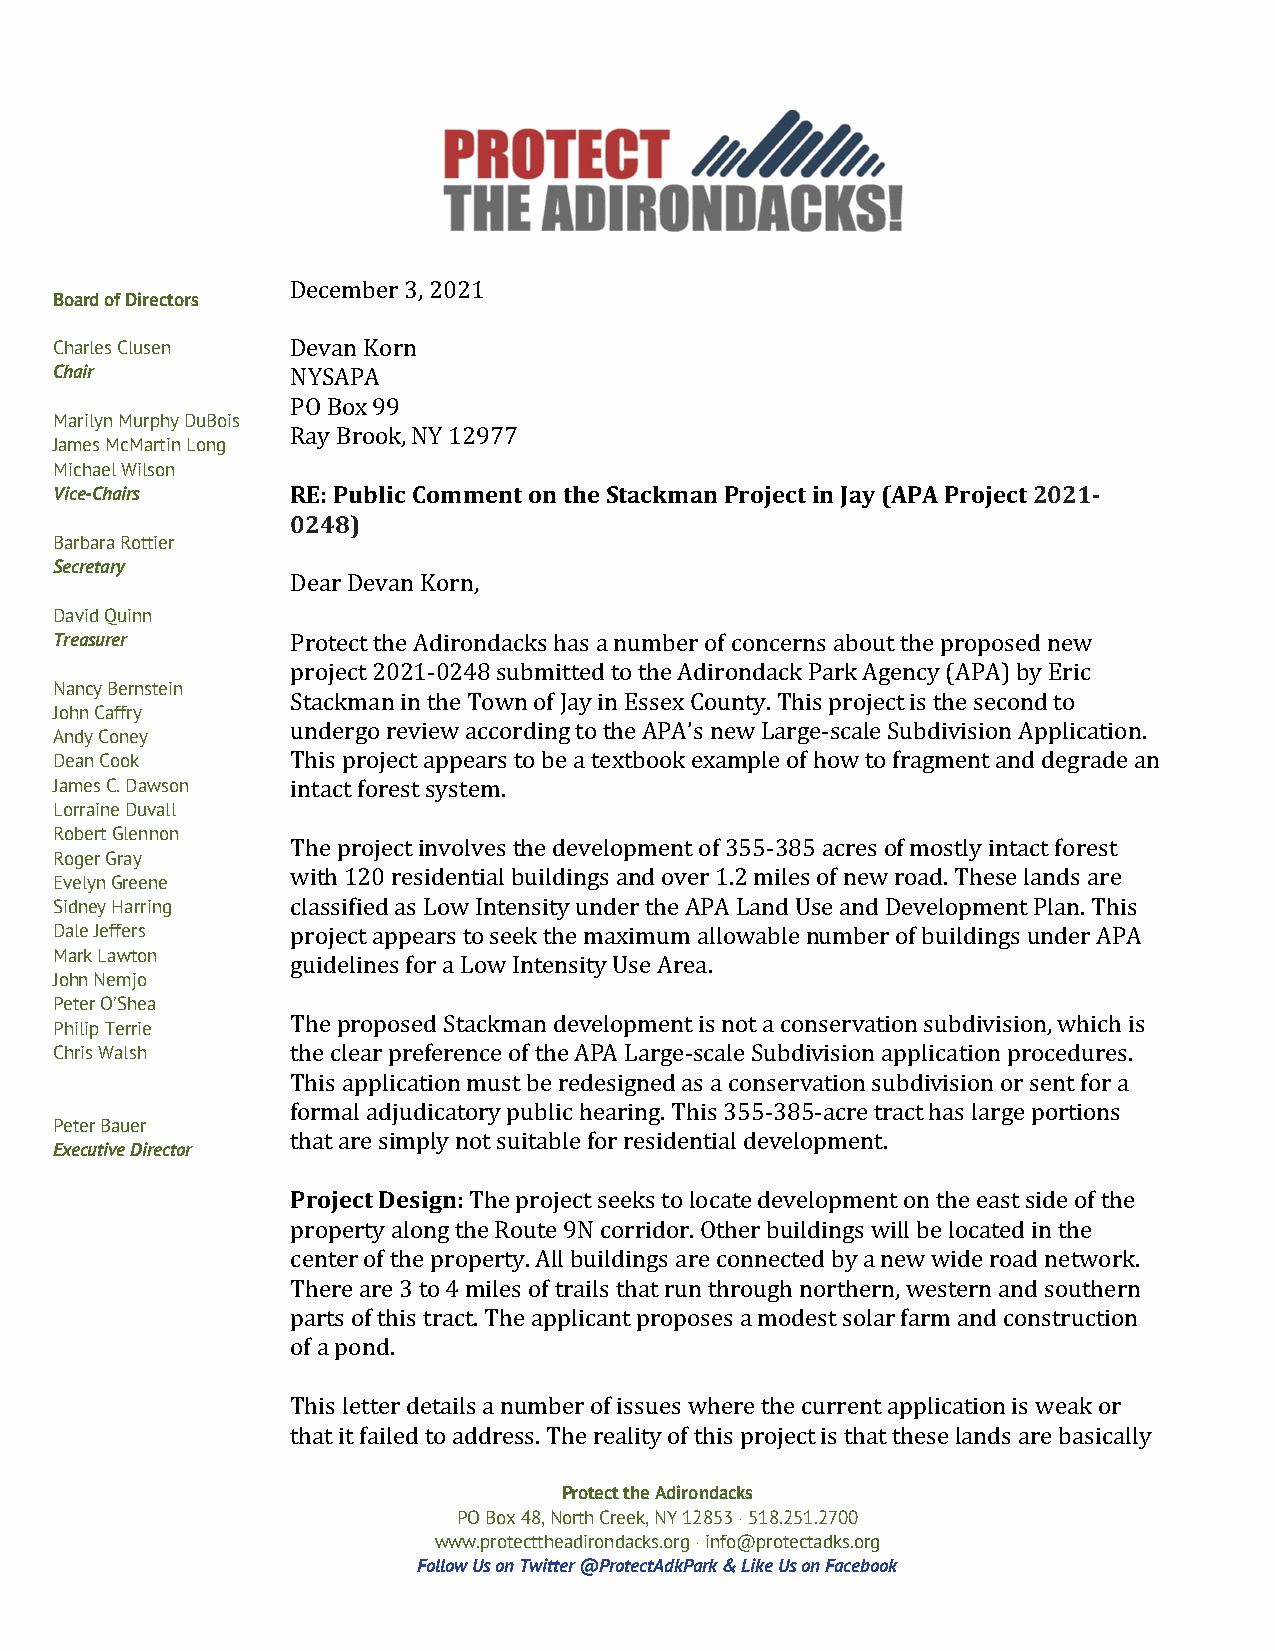
December 3, 2021
 Board of Directors
 Charles Clusen Devan Korn
 Chair          NYSAPA
 PO Box 99
 Marilyn Murphy DuBois
 Ray Brook, NY 12977
 James McMartin Long
 Michael Wilson
 Vice-Chairs    RE: Public Comment on the Stackman Project in Jay (APA Project 2021-
 0248)
 Barbara Rottier
 Secretary
 Dear Devan Korn,
 David Quinn
 Treasurer      Protect the Adirondacks has a number of concerns about the proposed new
 project 2021-0248 submitted to the Adirondack Park Agency (APA) by Eric
 Nancy Bernstein
 Stackman in the Town of Jay in Essex County. This project is the second to
 John Caffry
 undergo review according to the APA’s new Large-scale Subdivision Application.
 Andy Coney
 Dean Cook      This project appears to be a textbook example of how to fragment and degrade an
 James C. Dawson intact forest system.
 Lorraine Duvall
 Robert Glennon
 The project involves the development of 355-385 acres of mostly intact forest
 Roger Gray
 with 120 residential buildings and over 1.2 miles of new road. These lands are
 Evelyn Greene
 Sidney Harring classified as Low Intensity under the APA Land Use and Development Plan. This
 Dale Jeffers   project appears to seek the maximum allowable number of buildings under APA
 Mark Lawton    guidelines for a Low Intensity Use Area.
 John Nemjo
 Peter O’Shea
 The proposed Stackman development is not a conservation subdivision, which is
 Philip Terrie
 Chris Walsh    the clear preference of the APA Large-scale Subdivision application procedures.
 This application must be redesigned as a conservation subdivision or sent for a
 formal adjudicatory public hearing. This 355-385-acre tract has large portions
 Peter Bauer
 that are simply not suitable for residential development.
 Executive Director
 Project Design: The project seeks to locate development on the east side of the
 property along the Route 9N corridor. Other buildings will be located in the
 center of the property. All buildings are connected by a new wide road network.
 There are 3 to 4 miles of trails that run through northern, western and southern
 parts of this tract. The applicant proposes a modest solar farm and construction
 of a pond.
 This letter details a number of issues where the current application is weak or
 that it failed to address. The reality of this project is that these lands are basically
 Protect the Adirondacks
 PO Box 48, North Creek, NY 12853 · 518.251.2700
 www.protecttheadirondacks.org · info@protectadks.org
 Follow Us on Twitter @ProtectAdkPark & Like Us on Facebook